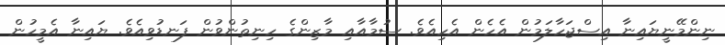
ނިންމޭނީޔައިނާ އިސްޖަހާލަމުން އެހެން އެހިއެވެ. ސުމާއާއި މާޒިންގެ ހިނިތުންވުން ފަނޑުވިއެވެ. ޔައިނާ އެމީހުން